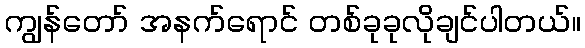
ကျွန်တော် အနက်ရောင် တစ်ခုခုလိုချင်ပါတယ်။